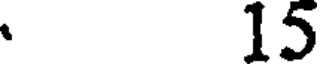
15